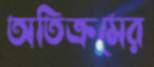
অতিক্রমের